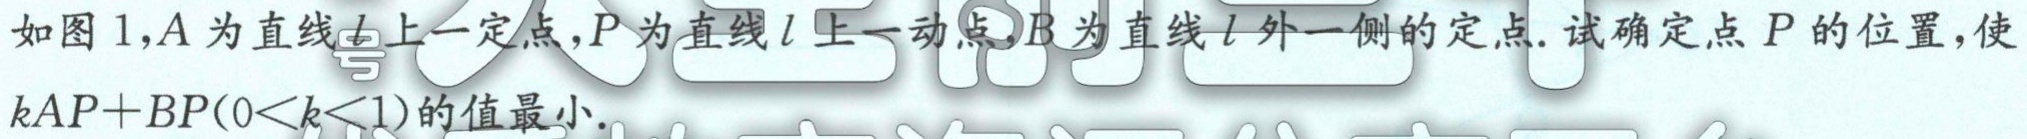
如图1，$A$为直线$l$上一定点，$P$为直线$l$上一动点，$B$为直线$l$外侧的定点. 试确定点$P$的位置，使$kAP + BP(0<k<1)$的值最小.